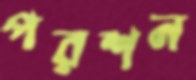
পরশন